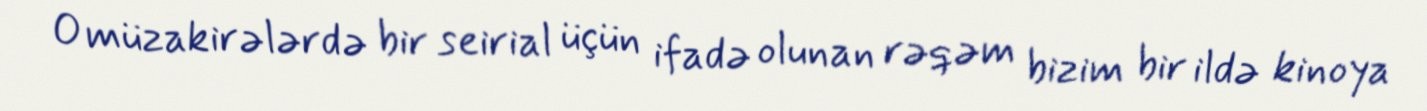
O müzakirələrdə bir seirial üçün ifadə olunan rəqəm bizim bir ildə kinoya